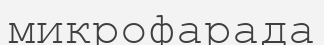
микрофарада